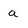
Character: a